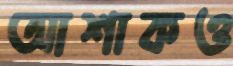
আশাকও